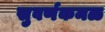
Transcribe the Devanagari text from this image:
सुवर्णकमळ